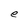
Character: e